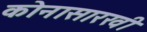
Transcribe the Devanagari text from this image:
कोनासारखी